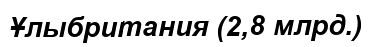
Ұлыбритания (2,8 млрд.)